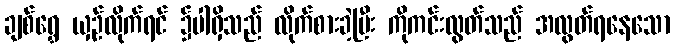
ချစ်ရွှေ ယှဉ်လိုက်ရင် ၌ပါရှိသည် လိုက်စားခဲ့ပြီး ကိုကင်းလွတ်သည် အလွတ်ရနေသော